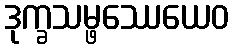
ဒုက္ခသမ္ဖဿေယေဝ